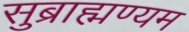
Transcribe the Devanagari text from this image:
सुब्राह्मण्यम